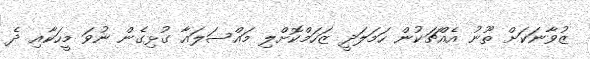
ޒުވާނަކަށް ތޫނު އެއްޗަކުން ހަމަލަދީ ޒަހަމްކޮށްލި މައްސަލައާ ގުޅިގެން ނުވަ މީހަކާއި ދެ